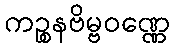
ကဉ္စနဗိမ္ဗဝဏ္ဏေ